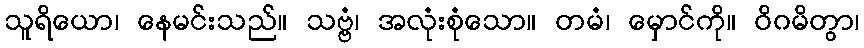
သူရိယော၊ နေမင်းသည်။ သဗ္ဗံ၊ အလုံးစုံသော။ တမံ၊ မှောင်ကို။ ဝိဂမိတွာ၊